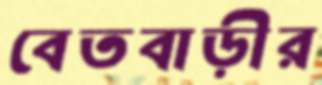
বেতবাড়ীর